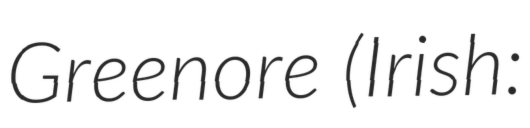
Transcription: Greenore (Irish: